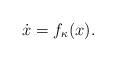
LaTeX: \begin{align*}\dot{x} = f_{\kappa}(x).\end{align*}